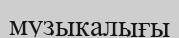
музыкалығы